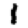
Digit: 1